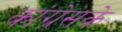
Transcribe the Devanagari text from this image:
कांग्रेसके